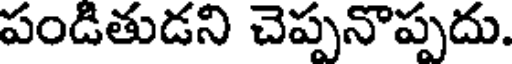
పండితుడని చెప్పనొప్పదు.